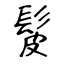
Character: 髲